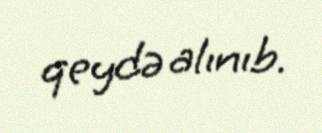
qeydə alınıb.